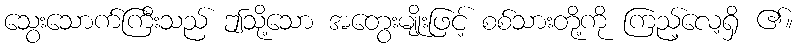
သွေးသောက်ကြီးသည် ဤသို့သော အတွေးမျိုးဖြင့် စစ်သားတို့ကို ကြည့်လေ့ရှိ ၏။